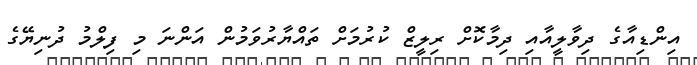
އިންޑިއާގެ ދިވާލީއާއި ދިމާކޮށް ރިލީޒް ކުރުމަށް ތައްޔާރުވަމުން އަންނަ މި ފިލްމު ދުނިޔޭގެ